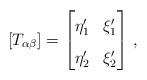
LaTeX: \begin{align*}\renewcommand\arraystretch{1.6}[T_{\alpha \beta}] = \begin{bmatrix}\eta'_1 & \xi'_1\\\eta'_2 & \xi'_2\\\end{bmatrix}\, ,\end{align*}